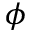
\phi